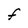
Character: F